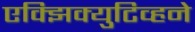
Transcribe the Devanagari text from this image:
एक्झिक्युटिव्हने